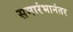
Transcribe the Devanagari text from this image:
समारंभानंतर